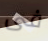
فى